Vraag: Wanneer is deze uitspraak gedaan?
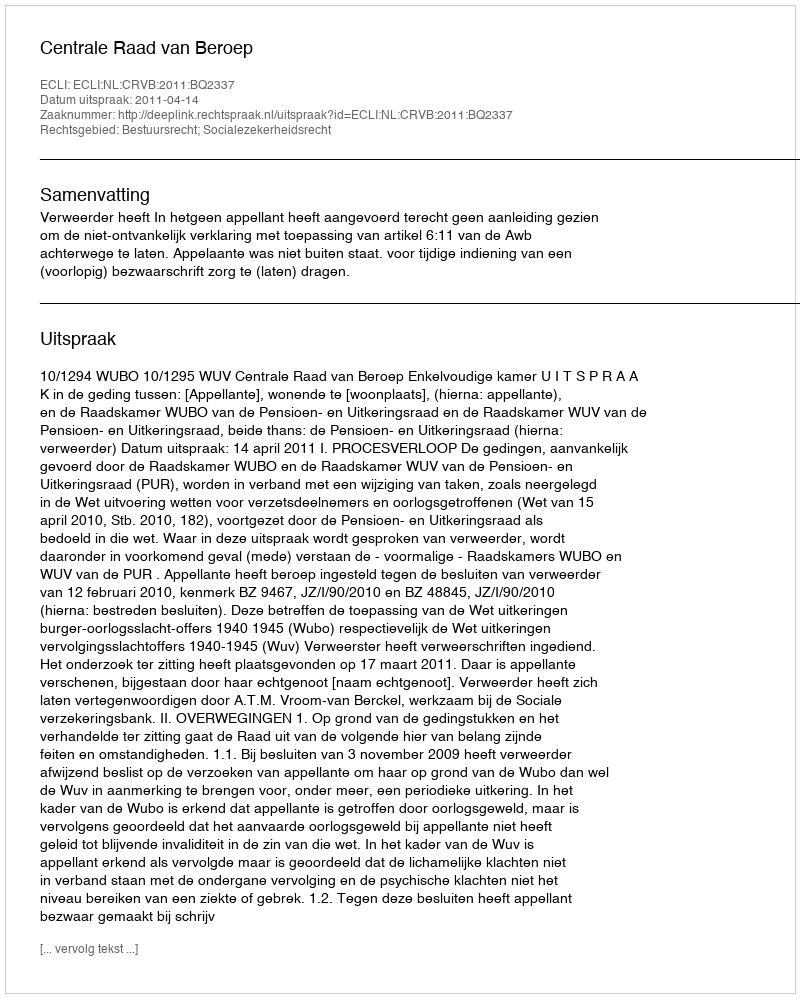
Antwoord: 2011-04-14